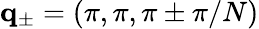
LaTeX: \mathbf{q}_{\pm}=(\pi,\pi,\pi\pm\pi/N)